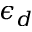
\epsilon _ { d }